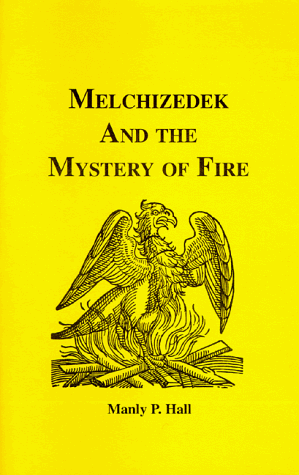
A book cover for Melchizedek and the Mystery of Fire (Adept Series); Manly P. Hall; Religion & Spirituality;